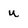
Character: u